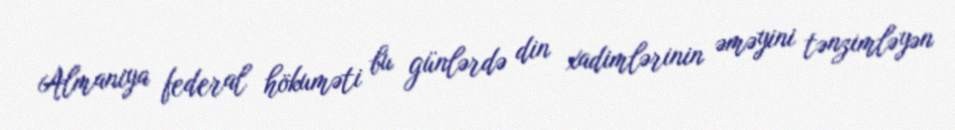
Almaniya federal hökuməti bu günlərdə din xadimlərinin əməyini tənzimləyən